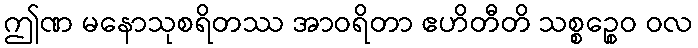
ဤဏ မနောသုစရိတဿ အာဝရိတာ ဧဟိတီတိ သစ္စဉ္စေဝ ဝလ